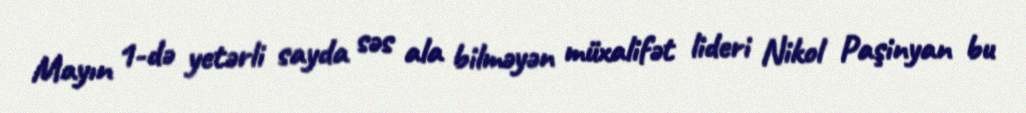
Mayın 1-də yetərli sayda səs ala bilməyən müxalifət lideri Nikol Paşinyan bu